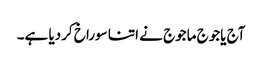
آج یاجوج ماجوج نے اتنا سوراخ کردیا ہے۔